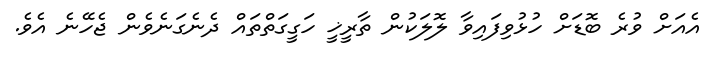
އެއަށް ވުރެ ބޮޑަށް ހުޅުވިފައިވާ ލޮލަކުން ތާރީޚީ ހަގީގަތްތައް ދެނެގަނެވެން ޖެހޭނެ އެވެ.